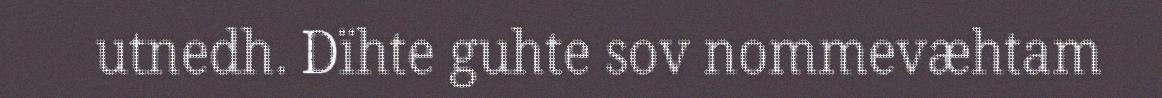
utnedh. Dïhte guhte sov nommevæhtam